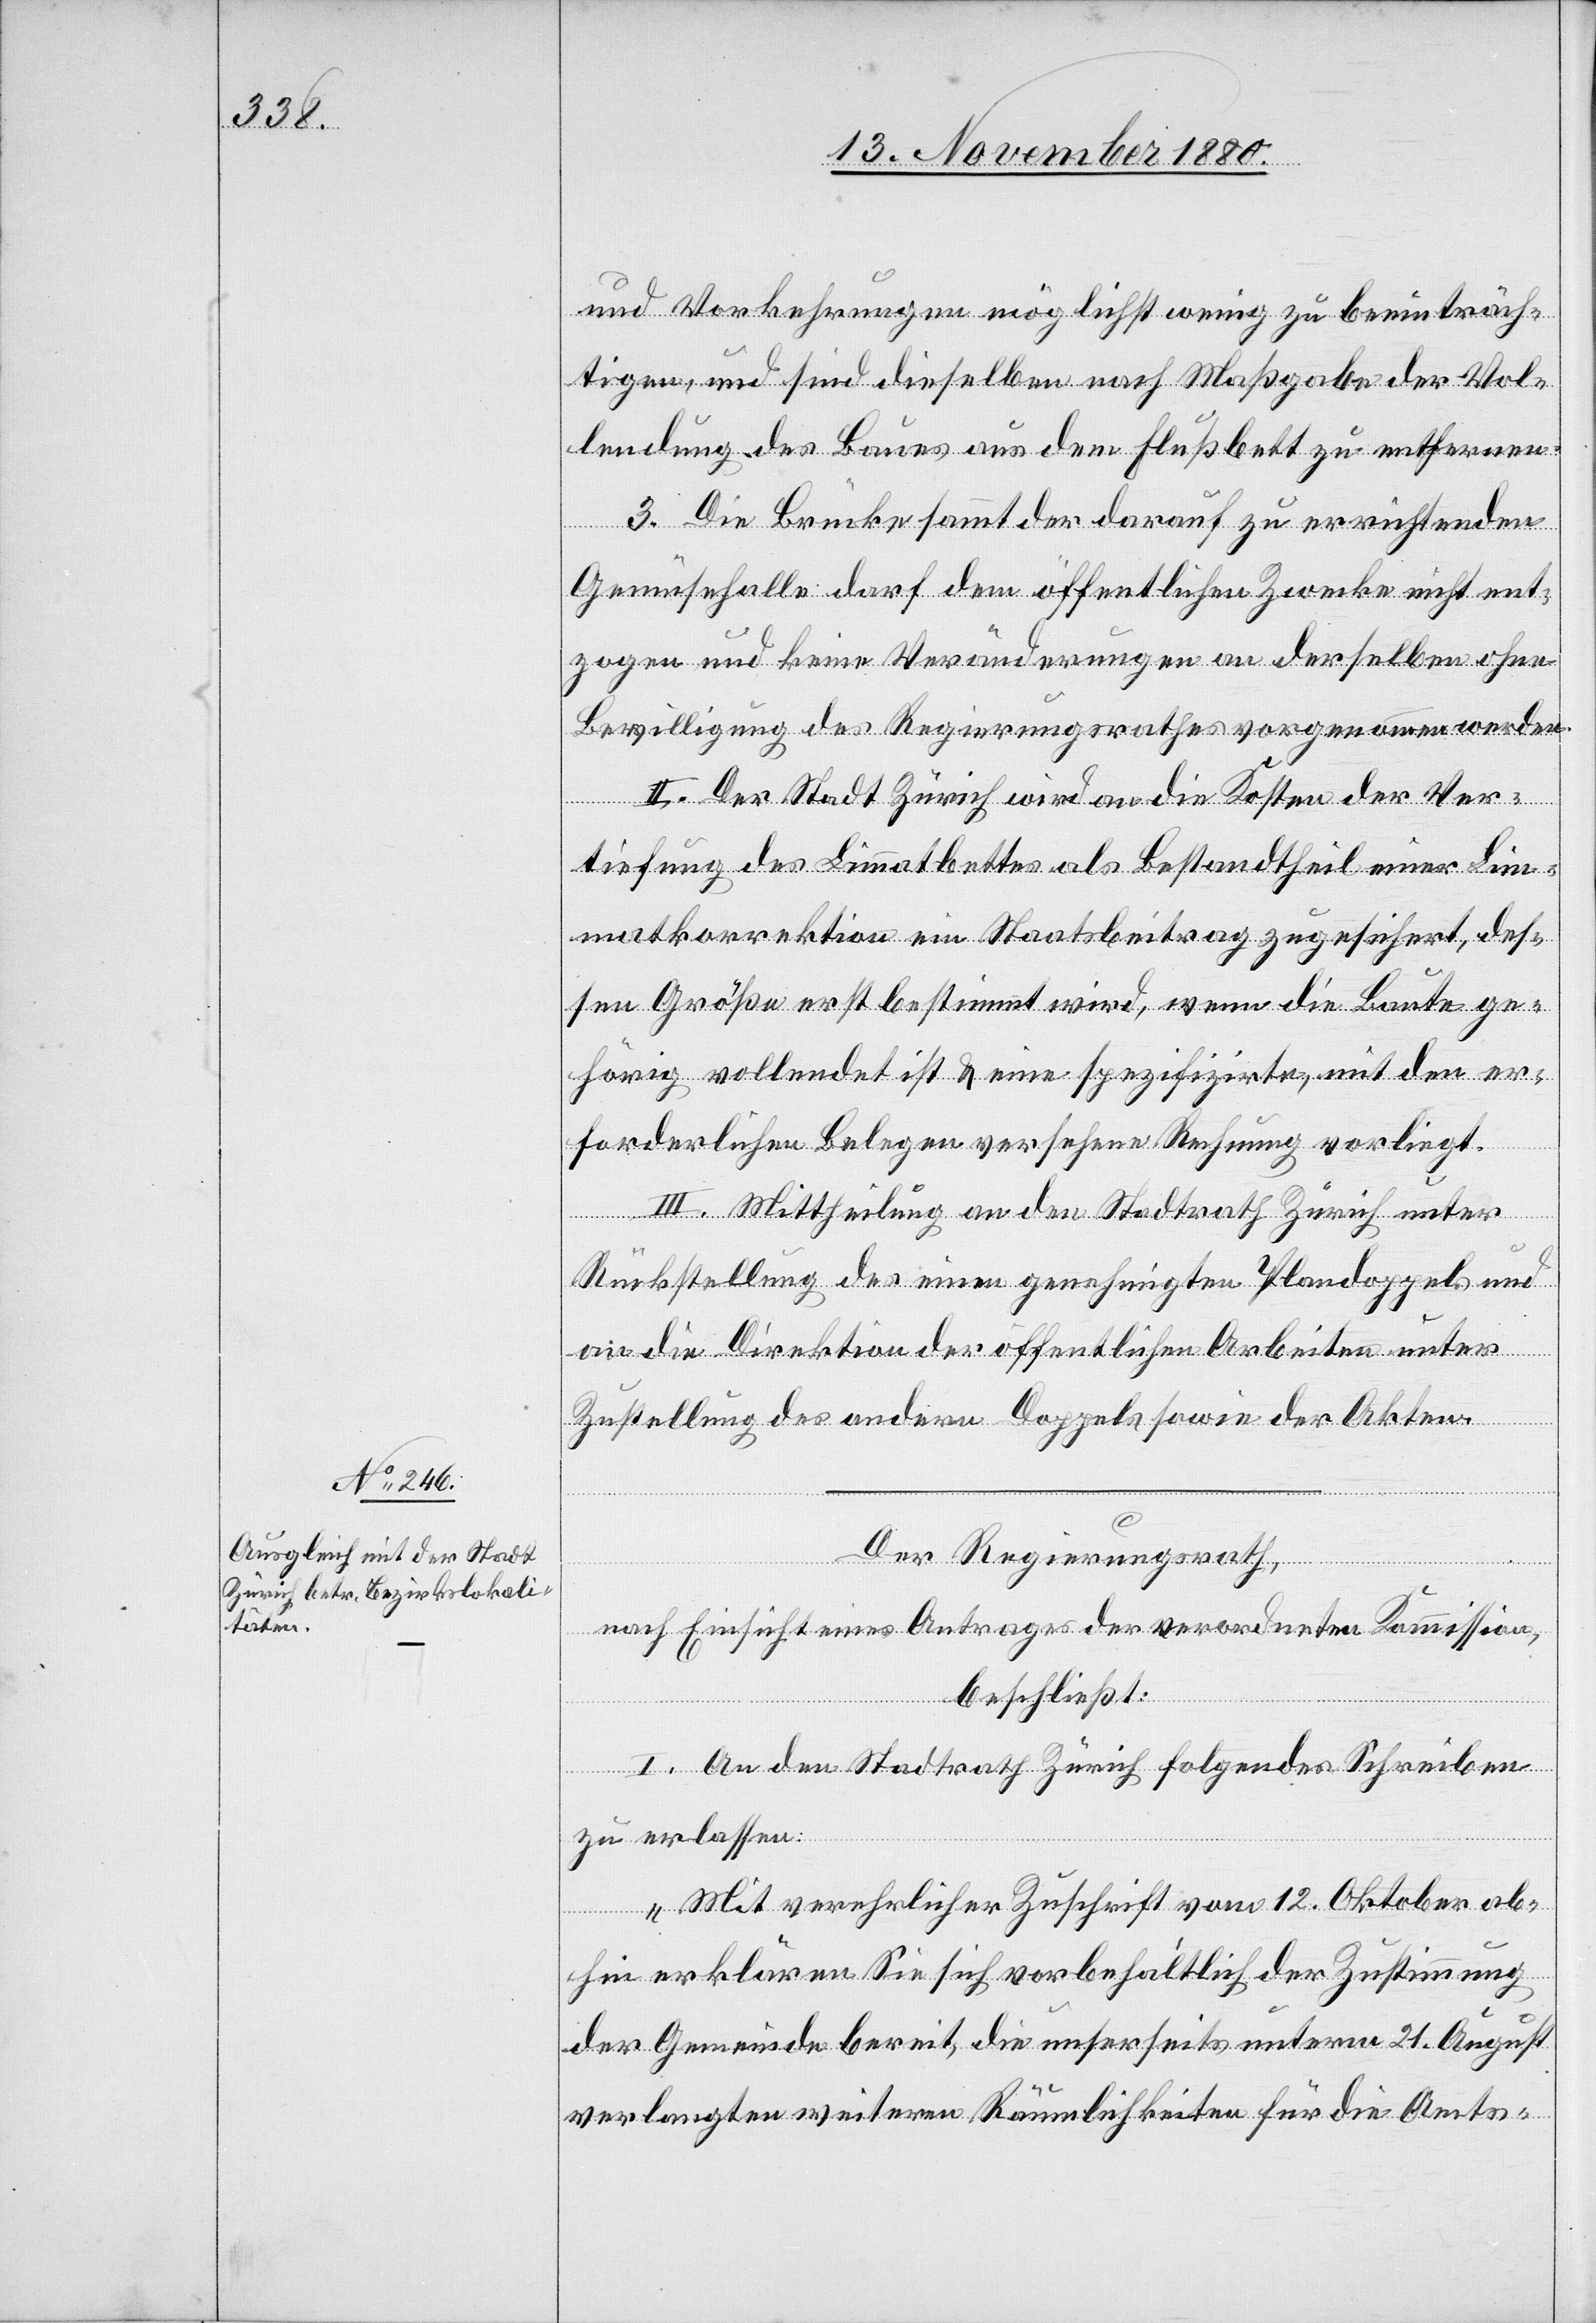
Der Regierungsrath,
nach Einsicht eines Antrages der verordneten Kommission,
beschließt:
I. An den Stadtrath Zürich folgendes Schreiben
zu erlassen:
„Mit verehrlicher Zuschrift vom 12. Oktober ab¬
hin erklären Sie sich vorbehältlich der Zustimmung
der Gemeinde bereit, die unserseits unterm 21. August
verlangten weiteren Räumlichkeiten für die Amts-